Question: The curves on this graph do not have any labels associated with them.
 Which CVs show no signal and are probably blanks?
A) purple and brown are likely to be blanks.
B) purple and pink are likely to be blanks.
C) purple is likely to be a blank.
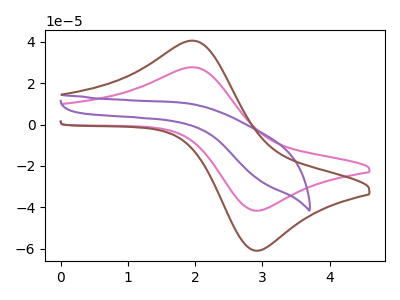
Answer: <think>The pink curve "pink" has an anodic peak at (1.95V, 27.65uA) and a cathodic peak at (2.90V, -41.60uA). The purple curve "purple" has no peaks. The brown curve "brown" has an anodic peak at (1.95V, 40.45uA) and a cathodic peak at (2.90V, -60.90uA).</think>
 <answer>C) "purple" is likely to be a blank.</answer>
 <eval>C</eval>